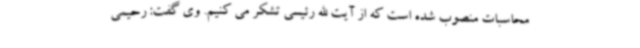
محاسبات منصوب شده است که از آیت الله رئیسی تشکر می کنیم. وی گفت: رحیمی